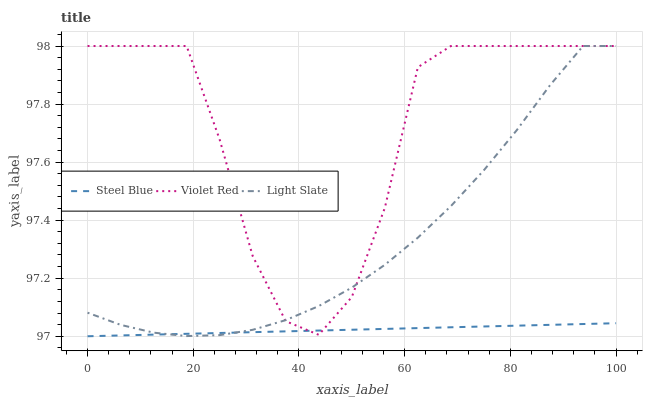
| xaxis_label | Steel Blue | Violet Red | Light Slate |
 | --- | --- | --- | --- |
 | 0 | 97 | 98 | 97.1 |
 | 6.25 | 97 | 98 | 97 |
 | 12.5 | 97 | 98 | 97 |
 | 18.8 | 97 | 98 | 97 |
 | 25 | 97 | 97.7 | 97 |
 | 31.2 | 97 | 97.3 | 97 |
 | 37.5 | 97 | 97.1 | 97.1 |
 | 43.8 | 97 | 97 | 97.1 |
 | 50 | 97 | 97.1 | 97.2 |
 | 56.2 | 97 | 97.4 | 97.2 |
 | 62.5 | 97 | 97.9 | 97.3 |
 | 68.8 | 97 | 98 | 97.4 |
 | 75 | 97 | 98 | 97.6 |
 | 81.2 | 97 | 98 | 97.7 |
 | 87.5 | 97 | 98 | 97.9 |
 | 93.8 | 97 | 98 | 98 |
 | 100 | 97 | 98 | 98 |